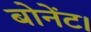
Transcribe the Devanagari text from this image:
बोनेंट।